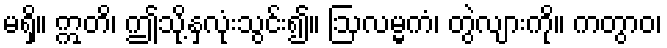
မရှိ။ ဣတိ၊ ဤသို့နှလုံးသွင်း၍။ ဩလမ္မကံ၊ တွဲလျားကို။ ကတွာဝ၊